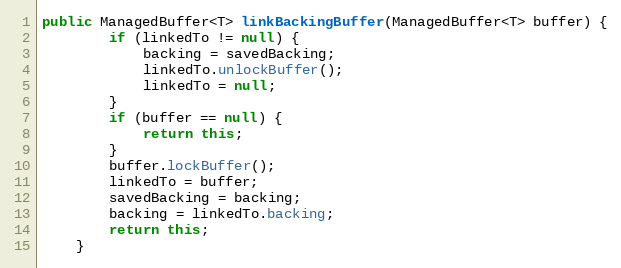
Language: Java
public ManagedBuffer<T> linkBackingBuffer(ManagedBuffer<T> buffer) {
        if (linkedTo != null) {
            backing = savedBacking;
            linkedTo.unlockBuffer();
            linkedTo = null;
        }
        if (buffer == null) {
            return this;
        }
        buffer.lockBuffer();
        linkedTo = buffer;
        savedBacking = backing;
        backing = linkedTo.backing;
        return this;
    }